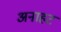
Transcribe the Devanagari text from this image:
अनाहट